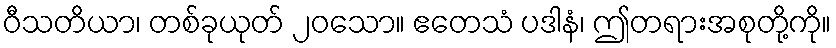
ဝီသတိယာ၊ တစ်ခုယုတ် ၂၀သော။ ဧတေသံ ပဒါနံ၊ ဤတရားအစုတို့ကို။